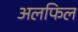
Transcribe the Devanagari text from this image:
अलफिल